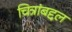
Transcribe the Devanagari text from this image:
चित्रांबद्दल